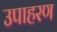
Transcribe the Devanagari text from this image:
उपाहरण